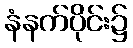
နံနက်ပိုင်း၌